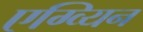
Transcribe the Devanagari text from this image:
एग्व्यिन